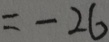
= - 2 6